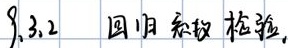
9.3.2 回归系数检验